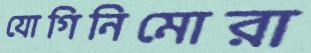
যোগিনিমোরা